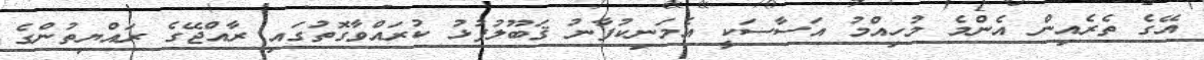
އޭގެ ތެރެއިން އެންމެ މުހިއްމު އަސާސަކީ އެމަނިކުފާނު ޤަބޫލުފުޅު ކުރައްވާގޮތުގައި ރާއްޖޭގެ ރައްޔިތުންގެ